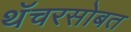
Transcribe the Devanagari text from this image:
थॅचरसोबत